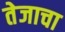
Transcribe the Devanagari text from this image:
तेजाचा